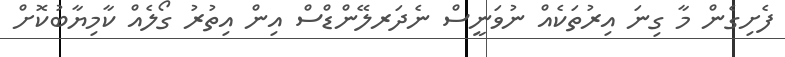
ފެށިގެން މާ ގިނަ އިރުތަކެއް ނުވަނީސް ނެދަރލޭންޑްސް އިން އިތުރު ގޯލެއް ކާމިޔާބުކޮށް